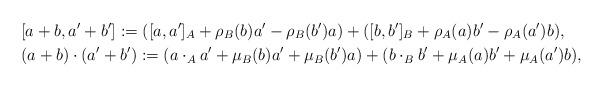
LaTeX: \begin{gather*} [a + b, a^\prime + b^\prime] := ([a, a^\prime]_A + \rho_B(b)a^\prime - \rho_B(b^\prime) a ) + ([b, b^\prime]_B + \rho_A(a)b^\prime - \rho_A(a^\prime)b ), \\ (a + b) \cdot (a^\prime + b^\prime) := (a \cdot_A a^\prime + \mu_B(b)a^\prime + \mu_B(b^\prime)a) + (b \cdot_B b^\prime + \mu_A(a) b^\prime + \mu_A(a^\prime)b ), \end{gather*}